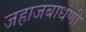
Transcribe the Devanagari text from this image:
जहाजबाधंणी